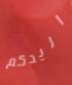
اريدكم